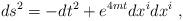
LaTeX: \begin{align*}ds^2 = -dt^2 + e^{4mt}dx^idx^i \ ,\end{align*}